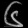
Digit: ၆